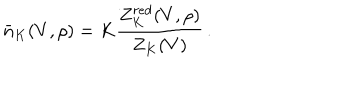
\bar { n } _ { K } ( V , \rho ) = K \frac { Z _ { K } ^ { r e d } ( V , \rho ) } { Z _ { K } ( V ) } \, .